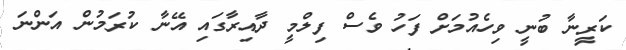
ކަރީނާ ބުނީ ވިހެއުމަށް ފަހު ވެސް ފިލްމީ ދާއިރާގައި އޭނާ ކުރަމުން އަންނަ